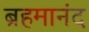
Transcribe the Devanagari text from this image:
ब्रहमानंद